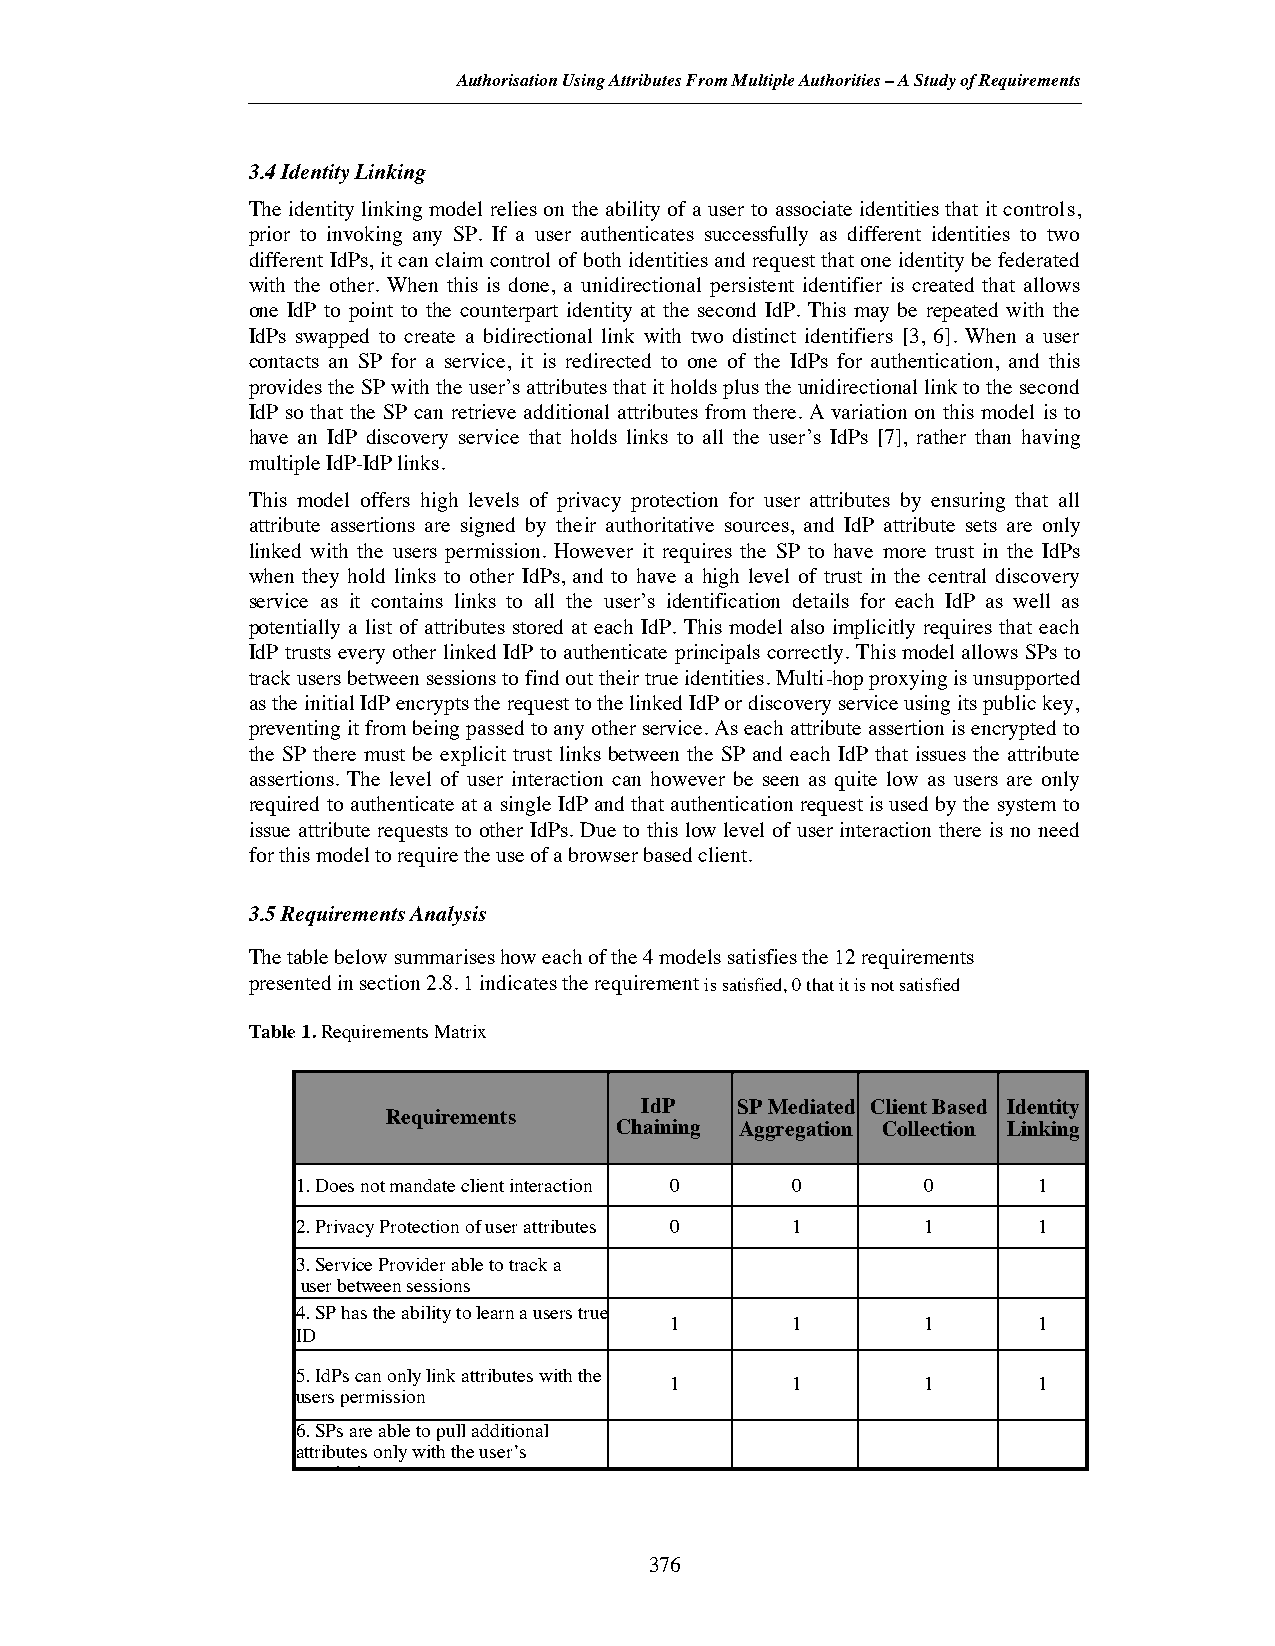
Authorisation Using Attributes From MultipleAuthorities– A Study of Requirements
 3.4 Identity Linking
 The identity linking model relies on the ability of a user to associate identities that it controls,
 prior to invoking any SP. If a user authenticates successfully as different identities to two
 different IdPs, it can claim control of both identities and request that one identity be federated
 with the other. When this is done, a unidirectional persistent identifier is created that allows
 one IdP to point to the counterpart identity at the second IdP. This may be repeated with the
 IdPs swapped to create a bidirectional link with two distinct identifiers [3, 6]. When a user
 contacts an SP for a service, it is redirected to one of the IdPs for authentication, and this
 provides the SP with the user’s attributes that it holds plus the unidirectional link to the second
 IdP so that the SP can retrieve additional attributes from there. A variation on this model is to
 have an IdP discovery service that holds links to all the user’s IdPs [7], rather than having
 multiple IdP-IdP links.
 This model offers high levels of privacy protection for user attributes by ensuring that all
 attribute assertions are signed by their authoritative sources, and IdP attribute sets are only
 linked with the users permission. However it requires the SP to have more trust in the IdPs
 when they hold links to other IdPs, and to have a high level of trust in the central discovery
 service as it contains links to all the user’s identification details for each IdP as well as
 potentially a list of attributes stored at each IdP. This model also implicitly requires that each
 IdP trusts every other linked IdP to authenticate principals correctly. This model allows SPs to
 track users between sessions to find out their true identities. Multi-hop proxying is unsupported
 as the initial IdP encrypts the request to the linked IdP or discovery service using its public key,
 preventing it from being passed to any other service. As each attribute assertion is encrypted to
 the SP there must be explicit trust links between the SP and each IdP that issues the attribute
 assertions. The level of user interaction can however be seen as quite low as users are only
 required to authenticate at a single IdP and that authentication request is used by the system to
 issue attribute requests to other IdPs. Due to this low level of user interaction there is no need
 for this model to require the use of a browser based client.
 3.5 Requirements Analysis
 The table below summarises how each of the 4 models satisfies the 12 requirements
 presented in section 2.8. 1 indicates the requirement is satisfied, 0 that it is not satisfied
 Table 1.Requirements Matrix
 IdP    SP Mediated Client Based Identity
 Requirements
 Chaining Aggregation Collection Linking
 1. Does not mandate client interaction 0 0 0     1
 2. Privacy Protection of user attributes 0 1 1   1
 3. Service Provider able to track a
 1                1      1
 user between sessions
 4. SP has the ability to learn a users true
 1       1        1       1
 ID
 5. IdPs can only link attributes with the
 1       1        1       1
 users permission
 6. SPs are able to pull additional
 1        1       1      1
 attributes only with the user’s
 permission
 376